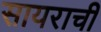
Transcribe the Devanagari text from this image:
सायराची